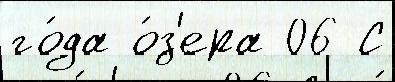
го́да о́з'ера 06 С